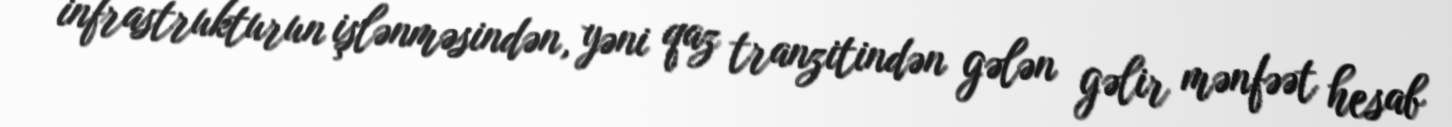
infrastrukturun işlənməsindən, yəni qaz tranzitindən gələn gəlir mənfəət hesab